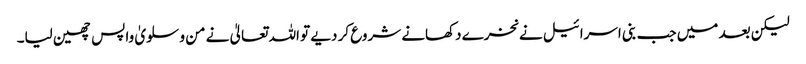
لیکن بعد میں جب بنی اسرائیل نے نخرے دکھانے شروع کر دیے تو اللہ تعالیٰ نے من و سلویٰ واپس چھین لیا۔